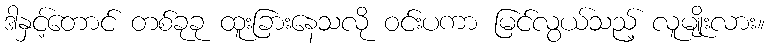
ဒါနှင့်တောင် တစ်ခုခု ထူးခြားနေသလို ဝင်းပကာ မြင်လွယ်သည့် လူမျိုးလား။